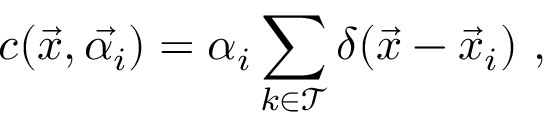
c ( \vec { x } , \vec { \alpha _ { i } } ) = \alpha _ { i } \sum _ { k \in \mathcal { T } } \delta ( \vec { x } - \vec { x } _ { i } ) \ ,